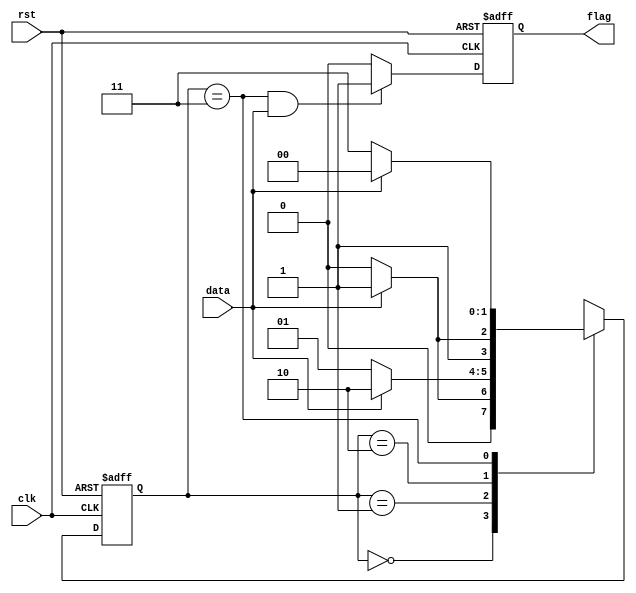
`timescale 1ns/1ns

module fsm1(
	input wire clk  ,
	input wire rst  ,
	input wire data ,
	output reg flag
);
//*************code***********//
parameter s0=0,s1=1,s2=2,s3=3;
reg [1:0] state,next_state;
always @(posedge clk or negedge rst)
begin
if(!rst)
state<=s0;
else
state<=next_state;
end

always @(*)
begin
case(state)
s0:next_state=data?s1:s0;
s1:next_state=data?s2:s1;
s2:next_state=data?s3:s2;
s3:next_state=data?s0:s3;
endcase
end

always @(posedge clk or negedge rst)
begin
if(!rst)
flag<=0;
else if(state==s3&&data==1)
flag<=1;
else
flag<=0;
end
//*************code***********//
endmodule